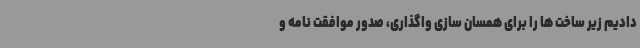
دادیم زیر ساخت ها را برای همسان سازی واگذاری، صدور موافقت نامه و